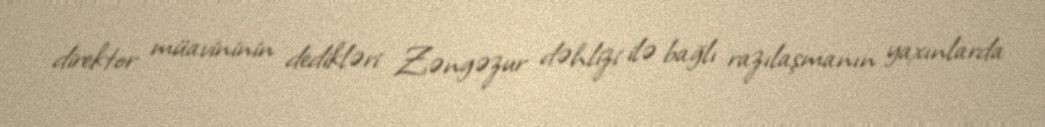
direktor müavininin dedikləri Zəngəzur dəhlizi ilə bağlı razılaşmanın yaxınlarda